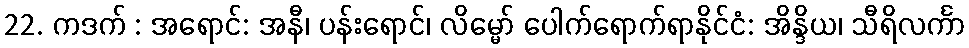
22. ကဒက် : အရောင်: အနီ၊ ပန်းရောင်၊ လိမ္မော် ပေါက်ရောက်ရာနိုင်ငံ: အိန္ဒိယ၊ သီရိလင်္ကာ